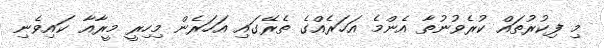
މި ފިކުރުތައް ކުރެވުނުތާ އެންމެ އަހަރެއްގެ ތެރޭގައި އަހަރެން މިހިރީ މީރާއާ ކައިވެނި